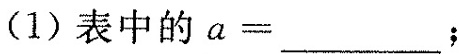
(1)表中的$$a = __$$；